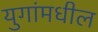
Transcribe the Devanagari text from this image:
युगांमधील